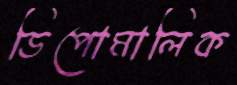
ডিপোমালিক